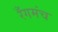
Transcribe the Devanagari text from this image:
रँगमंच